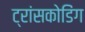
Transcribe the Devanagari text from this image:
ट्रांसकोडिंग